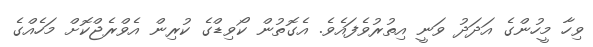
ވިހާ މީހުންގެ އަދަދު ވަނީ އިތުރުވެފައެވެ. އެގޮތުން ކޯވިޑްގެ ކުރިން އެވްރެޖްކޮށް މަހެއްގެ